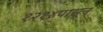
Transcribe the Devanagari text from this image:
१२१४पासून